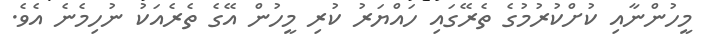
މީހުންނާއި ކުށްކުރުމުގެ ތެރޭގައި ހައްޔަރު ކުރި މީހުން އޭގެ ތެރެއަކު ނުހިމެނެ އެވެ.